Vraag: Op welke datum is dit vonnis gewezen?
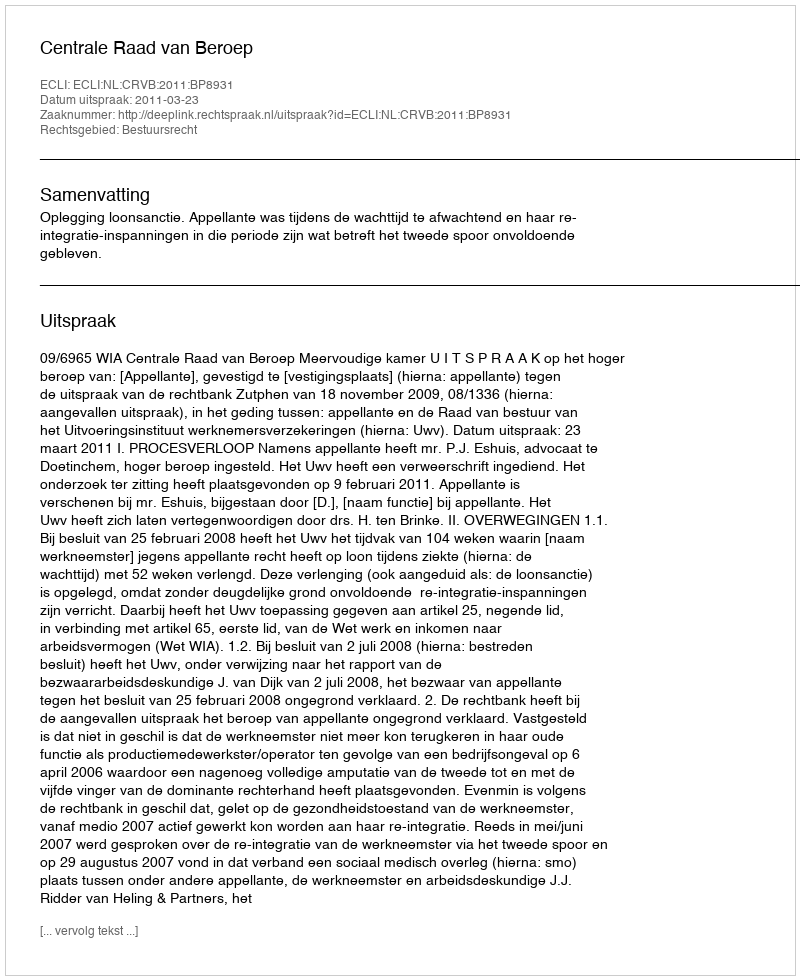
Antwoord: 2011-03-23